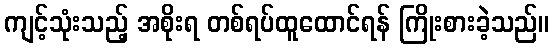
ကျင့်သုံးသည့် အစိုးရ တစ်ရပ်ထူထောင်ရန် ကြိုးစားခဲ့သည်။